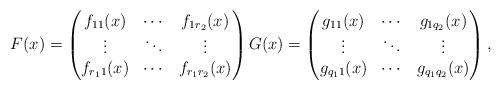
LaTeX: \begin{align*}F(x) = \begin{pmatrix}f_{11}(x) & \cdots & f_{1r_2}(x) \\\vdots & \ddots & \vdots \\f_{r_11}(x) & \cdots & f_{r_1r_2}(x)\end{pmatrix} G(x) = \begin{pmatrix}g_{11}(x) & \cdots & g_{1q_2}(x) \\\vdots & \ddots & \vdots \\g_{q_11}(x)& \cdots & g_{q_1q_2}(x)\end{pmatrix},\end{align*}